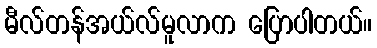
မီလ်တန်အယ်လ်မူလာက ပြောပါတယ်။